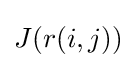
\textstyle J(r(i,j))